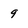
Character: 9